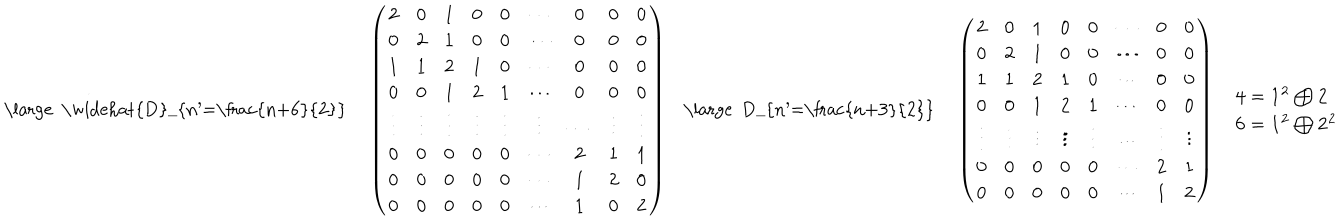
\begin{array} { c c c c c } { { { \mathrm { \large ~ \widehat { D } _ { n ^ { \prime } = \frac { n + 6 } { 2 } } ~ } } } } & { { \left( \begin{array} { c c c c c c c c c } { { 2 } } & { { 0 } } & { { 1 } } & { { 0 } } & { { 0 } } & { { \cdots } } & { { 0 } } & { { 0 } } & { { 0 } } \\ { { 0 } } & { { 2 } } & { { 1 } } & { { 0 } } & { { 0 } } & { { \cdots } } & { { 0 } } & { { 0 } } & { { 0 } } \\ { { 1 } } & { { 1 } } & { { 2 } } & { { 1 } } & { { 0 } } & { { \cdots } } & { { 0 } } & { { 0 } } & { { 0 } } \\ { { 0 } } & { { 0 } } & { { 1 } } & { { 2 } } & { { 1 } } & { { \cdots } } & { { 0 } } & { { 0 } } & { { 0 } } \\ { { \vdots } } & { { \vdots } } & { { \vdots } } & { { \vdots } } & { { \vdots } } & { { \vdots } } & { { \cdots } } & { { \vdots } } & { { \vdots } } \\ { { 0 } } & { { 0 } } & { { 0 } } & { { 0 } } & { { 0 } } & { { \cdots } } & { { 2 } } & { { 1 } } & { { 1 } } \\ { { 0 } } & { { 0 } } & { { 0 } } & { { 0 } } & { { 0 } } & { { \cdots } } & { { 1 } } & { { 2 } } & { { 0 } } \\ { { 0 } } & { { 0 } } & { { 0 } } & { { 0 } } & { { 0 } } & { { \cdots } } & { { 1 } } & { { 0 } } & { { 2 } } \\ \end{array} \right) } } & { { { \mathrm { \large ~ D _ { n ^ { \prime } = \frac { n + 3 } { 2 } } ~ } } } } & { { \left( \begin{array} { c c c c c c c c } { { 2 } } & { { 0 } } & { { 1 } } & { { 0 } } & { { 0 } } & { { \cdots } } & { { 0 } } & { { 0 } } \\ { { 0 } } & { { 2 } } & { { 1 } } & { { 0 } } & { { 0 } } & { { \cdots } } & { { 0 } } & { { 0 } } \\ { { 1 } } & { { 1 } } & { { 2 } } & { { 1 } } & { { 0 } } & { { \cdots } } & { { 0 } } & { { 0 } } \\ { { 0 } } & { { 0 } } & { { 1 } } & { { 2 } } & { { 1 } } & { { \cdots } } & { { 0 } } & { { 0 } } \\ { { \vdots } } & { { \vdots } } & { { \vdots } } & { { \vdots } } & { { \vdots } } & { { \cdots } } & { { \vdots } } & { { \vdots } } \\ { { 0 } } & { { 0 } } & { { 0 } } & { { 0 } } & { { 0 } } & { { \cdots } } & { { 2 } } & { { 1 } } \\ { { 0 } } & { { 0 } } & { { 0 } } & { { 0 } } & { { 0 } } & { { \cdots } } & { { 1 } } & { { 2 } } \\ \end{array} \right) } } & { { \begin{array} { l } { { { \bf 4 } = { \bf 1 ^ { 2 } } \bigoplus { \bf 2 } } } \\ { { { \bf 6 } = { \bf 1 ^ { 2 } } \bigoplus { \bf 2 ^ { 2 } } } } \\ \end{array} } } \\ \end{array}